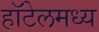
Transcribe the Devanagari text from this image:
हॉटेलमध्य